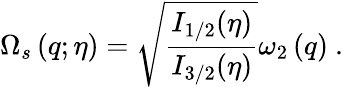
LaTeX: \Omega_{s}\left(q;\eta\right)=\sqrt{\frac{I_{1/2}(\eta)}{I_{3/2}(\eta)}}\omega_{2}\left(q\right)\ .